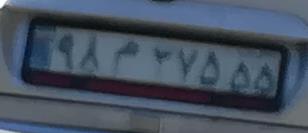
۹۸م۲۷۵۵۵